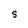
Character: S